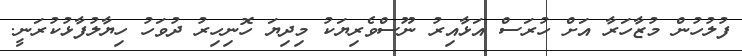
ފުލުހުން މުޒާހަރާ އަށް ހުރަސް އަޅާއިރު ނޫސްވެރިޔަކު މިދިޔަ ހޮނިހިރު ދުވަހު ހިޔާލުފާޅުކުރަނީ.